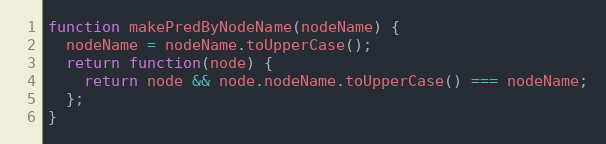
Language: JavaScript
function makePredByNodeName(nodeName) {
  nodeName = nodeName.toUpperCase();
  return function(node) {
    return node && node.nodeName.toUpperCase() === nodeName;
  };
}